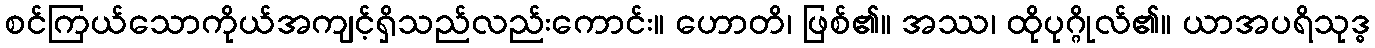
စင်ကြယ်သောကိုယ်အကျင့်ရှိသည်လည်းကောင်း။ ဟောတိ၊ ဖြစ်၏။ အဿ၊ ထိုပုဂ္ဂိုလ်၏။ ယာအပရိသုဒ္ဓ